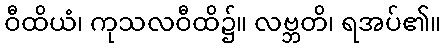
ဝီထိယံ၊ ကုသလဝီထိ၌။ လဗ္ဘတိ၊ ရအပ်၏။